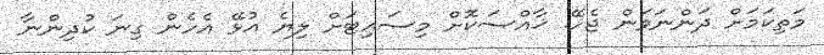
މަތިކަމަށް ދަންނަވަން ޖެހޭ. ޚާއްސަކޮށް މިސައިޓަށް ލިޔެ އުޅޭ އެހެން ގިނަ ކުދިންނާ